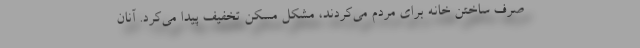
صرف ساختن خانه برای مردم می‌کردند، مشکل مسکن تخفیف پیدا می‌کرد. آنان